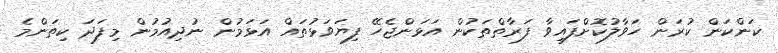
ކަންކަން ކުރަން ހަވާލުކޮށްފައިވާ ފަރާތްތަކުން އަޅަންޖެހޭ ފިޔަވަޅުތައް އަޅަމުން ނުދިއުމުން މިފަދަ ކިތަންމެ